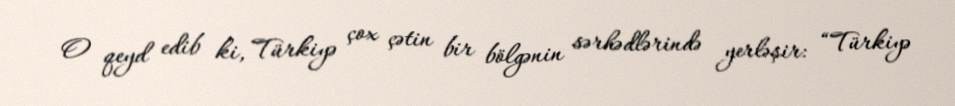
O qeyd edib ki, Türkiyə çox çətin bir bölgənin sərhədlərində yerləşir: “Türkiyə